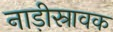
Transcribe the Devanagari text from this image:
नाड़ीस्रावक